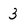
Character: 3